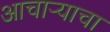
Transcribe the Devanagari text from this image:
आचाऱ्याचा